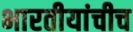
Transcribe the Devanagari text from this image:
भारतीयांचीच